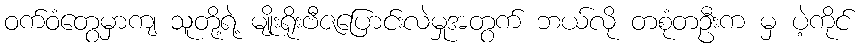
ဝက်ဝံတွေမှာကျ သူတို့ရဲ့ မျိုးရိုးဗီဇပြောင်းလဲမှုအတွက် ဘယ်လို တစုံတဦးက မှ ပဲ့ကိုင်